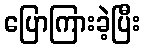
ပြောကြားခဲ့ပြီး